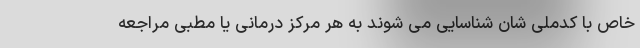
خاص با کدملی شان شناسایی می شوند به هر مرکز درمانی یا مطبی مراجعه